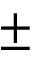
\pm